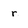
Character: r